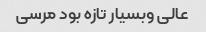
عالی وبسیار تازه بود مرسی